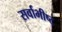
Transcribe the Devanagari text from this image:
सर्वाभीष्ट